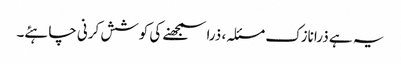
یہ ہے ذرا نازک مسئلہ، ذرا سمجھنے کی کوشش کرنی چاہئے۔